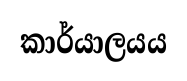
කාර්යාලයය